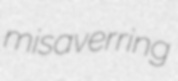
misaverring